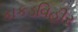
કાકડવિહીર